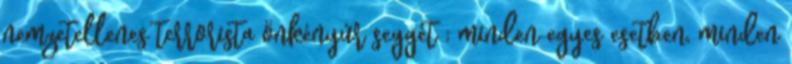
nemzetellenes terrorista önkényúr seggét ; minden egyes esetben, minden